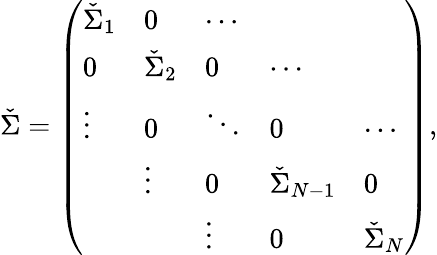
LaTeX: \check{\Sigma}=\left(\begin{array}{lllll}{\check{\Sigma}_{1}}&{0}&{\cdots}&&\\ {0}&{\check{\Sigma}_{2}}&{0}&{\cdots}&\\ {\vdots}&{0}&{\ddots}&{0}&{\cdots}\\ &{\vdots}&{0}&{\check{\Sigma}_{N-1}}&{0}\\ &&{\vdots}&{0}&{\check{\Sigma}_{N}}\end{array}\right),